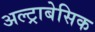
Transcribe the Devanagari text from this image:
अल्ट्राबेसिक